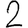
Digit: 2